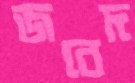
জবেদ